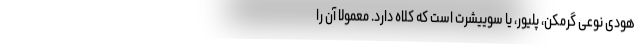
هودی نوعی گرمکن، پلیور، یا سوییشرت است که کلاه دارد. معمولا آن را